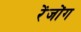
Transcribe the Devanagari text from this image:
रेंजोंग